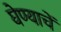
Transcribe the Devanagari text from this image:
घेण्याचें